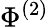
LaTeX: \Phi^{(2)}